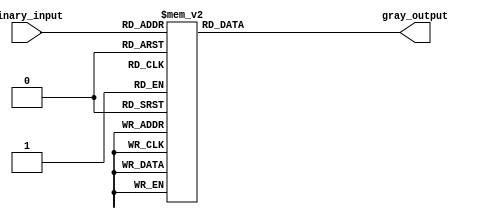
module gray_encoder (
    input [3:0] binary_input,
    output reg [2:0] gray_output
);

always @ (*) begin
    case(binary_input)
        4'b0001: gray_output = 3'b000;
        4'b0010: gray_output = 3'b001;
        4'b0011: gray_output = 3'b010;
        4'b0100: gray_output = 3'b011;
        4'b0101: gray_output = 3'b011;
        4'b0110: gray_output = 3'b100;
        4'b0111: gray_output = 3'b100;
        4'b1000: gray_output = 3'b101;
        4'b1001: gray_output = 3'b110;
        4'b1010: gray_output = 3'b110;
        4'b1011: gray_output = 3'b111;
        4'b1100: gray_output = 3'b000;
        default: gray_output = 3'b000;
    endcase
end
endmodule